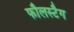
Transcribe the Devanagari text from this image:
फौलस्टैग